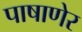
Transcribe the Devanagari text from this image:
पाषाणेर